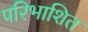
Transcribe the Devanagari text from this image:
परिभाशित